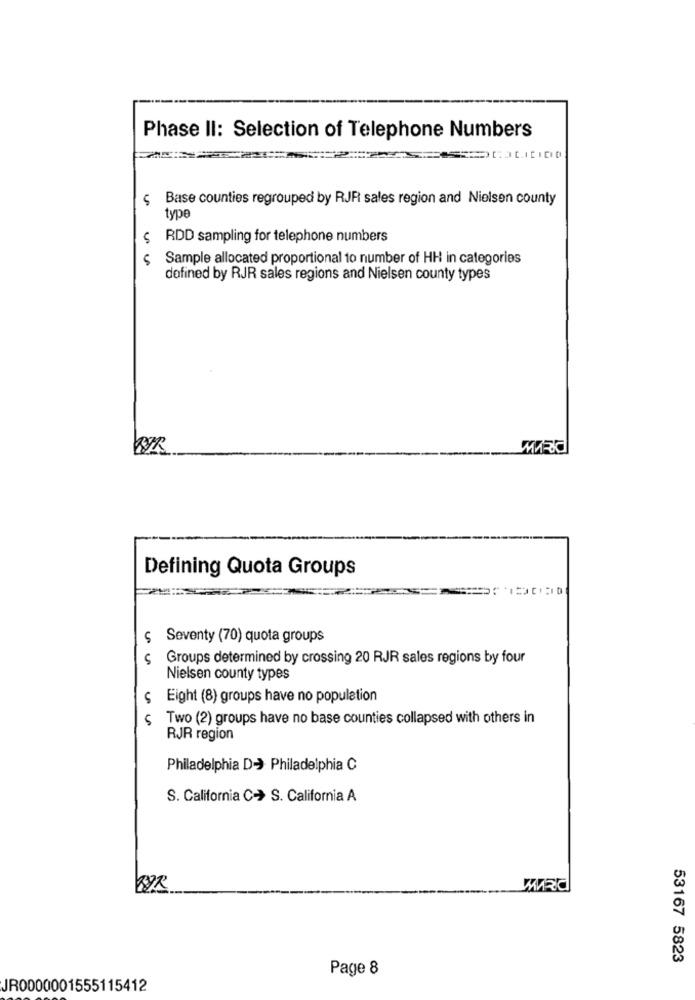
Phase II: Selection of Telephone Numbers
$ Base counties regrouped by RJFt sales region and Nielsen county
type
$ RDD sampling for telephone numbers
Sample allocated proportional to number of HH in categories
defined by RJR sales regions and Nielsen county types
Defining Quota Groups
ç Seventy (70) quota groups
Groups determined by crossing 20 RJR sales regions by four
Nielsen county types
$ Eight (8) groups have no population
Two (2) groups have no base counties collapsed with others in
RJR region
Philadelphia D- Philadelphia C
S. California C- S. California A
53167 5823
Page 8
JR0000001555115412